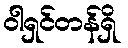
ဝါရှင်တန်ရှိ